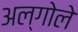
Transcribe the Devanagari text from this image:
अल्गोले